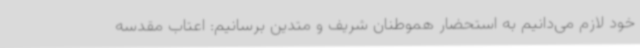
خود لازم می‌دانیم به استحضار هموطنان شریف و متدین برسانیم: اعتاب مقدسه